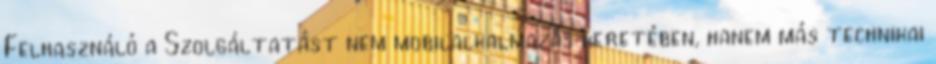
Felhasználó a Szolgáltatást nem mobilalkalmazás keretében, hanem más technikai